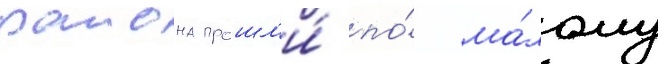
раиона прошл'и́ по́ ма́лому